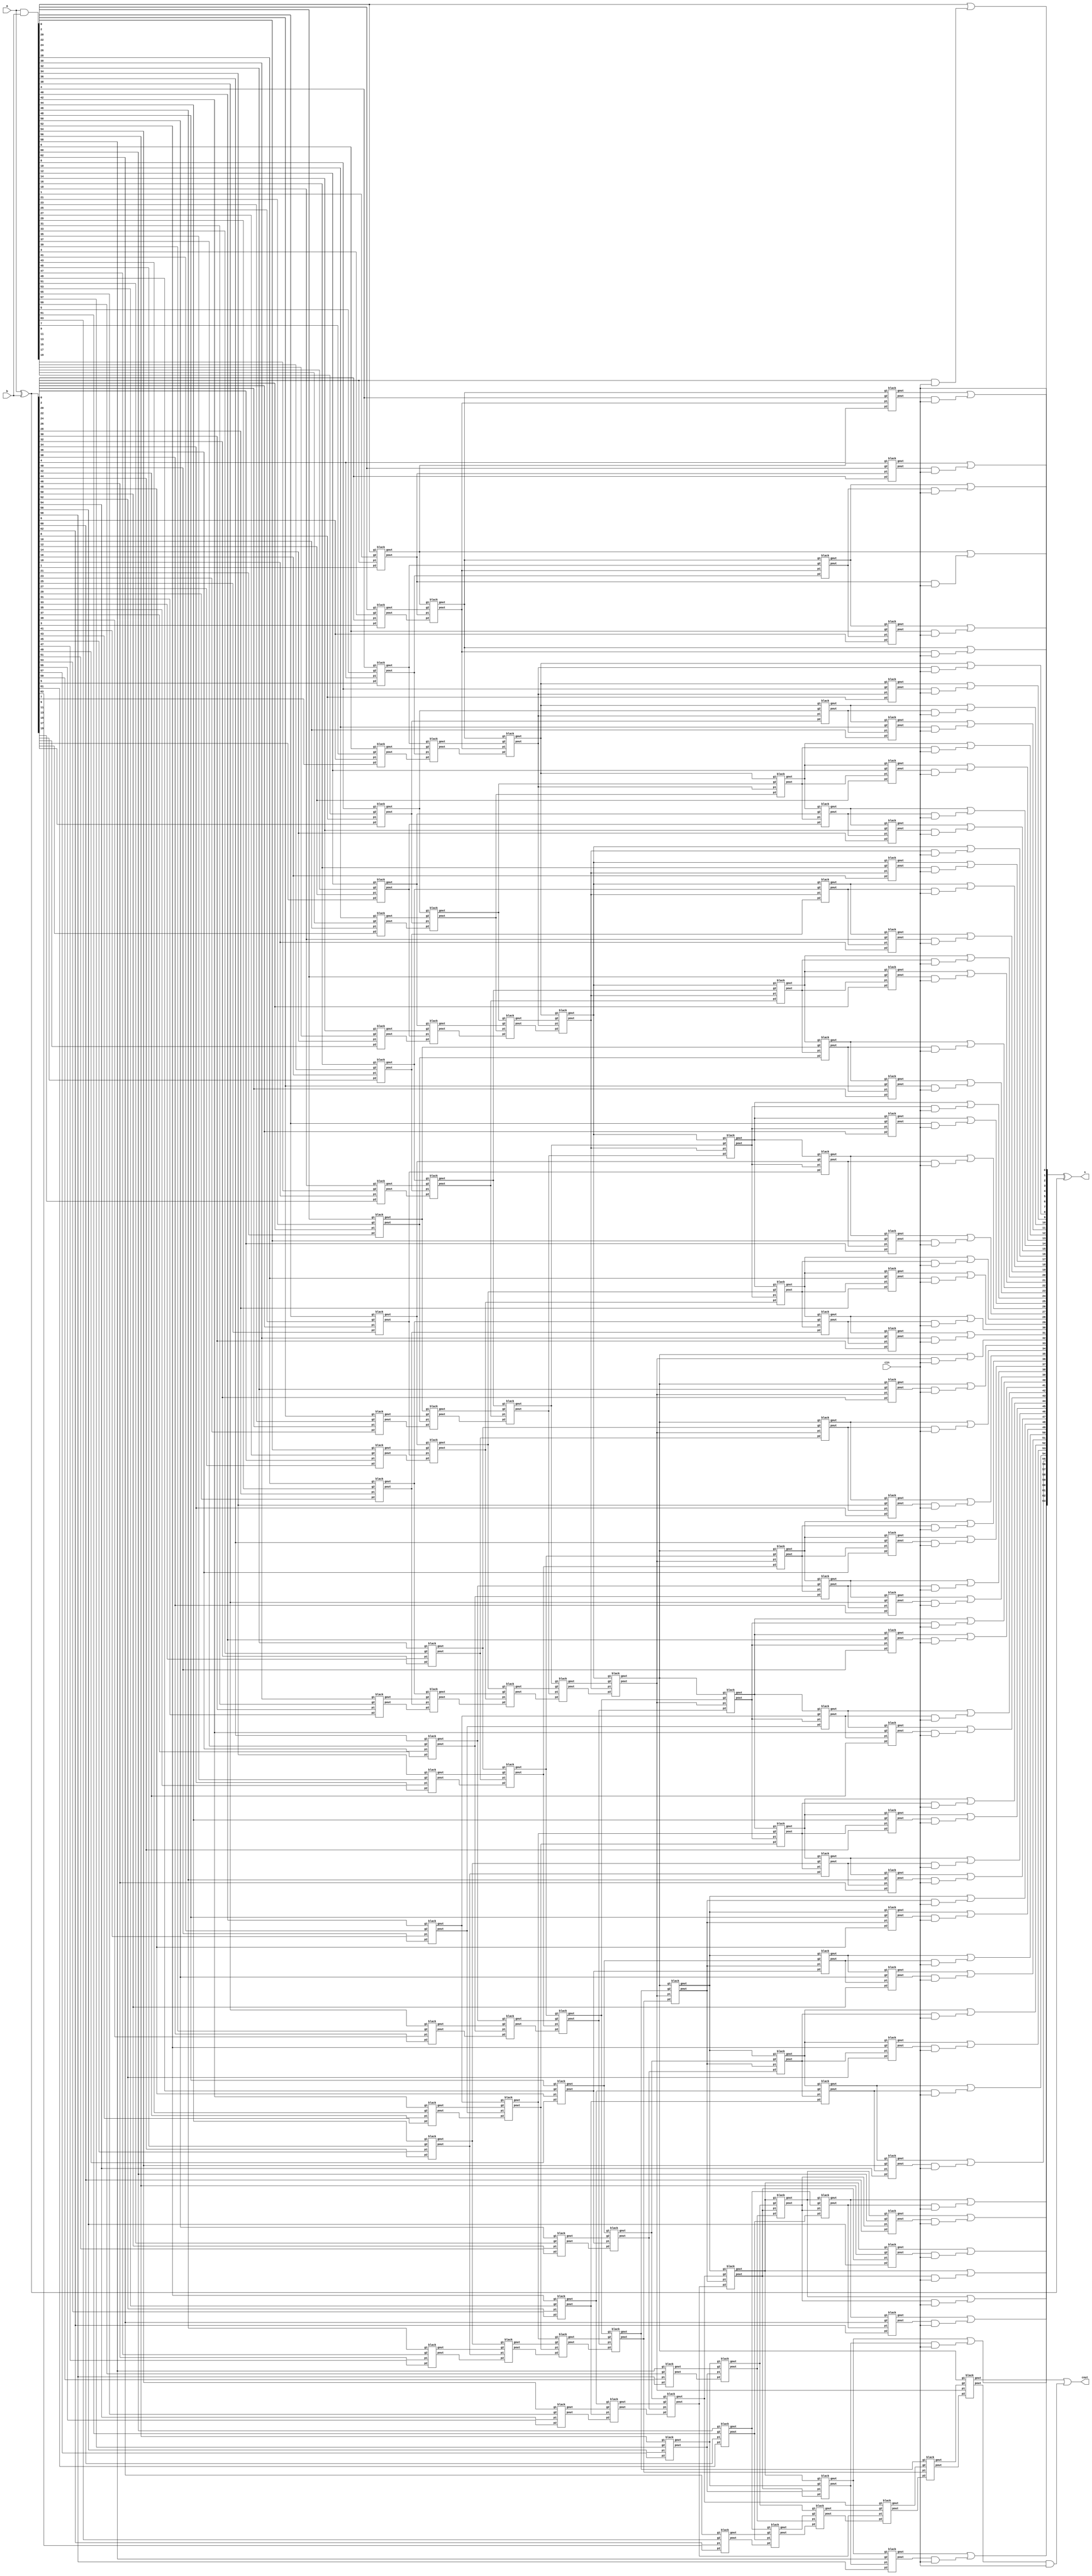
`timescale 1ns / 1ps
//////////////////////////////////////////////////////////////////////////////////
// Company:  NUDT
// 
// Design Name: ParallelPrefixAdder
// Module Name: ParallelPrefixAdder-BKA
// Project Name: BKA
// Target Devices: 
// Tool Versions: 
// Description: 
// 
// Dependencies: 
// 
// Revision:
// Revision 0.01 - File Created
// Additional Comments:
// 
//////////////////////////////////////////////////////////////////////////////////


module BKA (
    input [63:0] a, b,
    input cin,
    output [63:0] s,
    output cout
    );


genvar i;

// T=0
wire [63:0] g, p;
assign g = a & b;
assign p = a ^ b;

// T=1
wire [31:0] g_1, p_1;
generate
    for (i=0; i<32; i=i+1) begin
        black black1(
            .g1(g[i*2]),
            .p1(p[i*2]),
            .g2(g[i*2+1]),
            .p2(p[i*2+1]),
            .gout(g_1[i]),
            .pout(p_1[i])
        );
    end
endgenerate

// T=2
wire [15:0] g_2, p_2;
generate
    for (i=0; i<16; i=i+1) begin
        black black2(
            .g1(g_1[i*2]),
            .p1(p_1[i*2]),
            .g2(g_1[i*2+1]),
            .p2(p_1[i*2+1]),
            .gout(g_2[i]),
            .pout(p_2[i])
        );
    end
endgenerate

// T=3
wire [7:0] g_3, p_3;
generate
    for (i=0; i<8; i=i+1) begin
        black black3(
            .g1(g_2[i*2]),
            .p1(p_2[i*2]),
            .g2(g_2[i*2+1]),
            .p2(p_2[i*2+1]),
            .gout(g_3[i]),
            .pout(p_3[i])
        );
    end
endgenerate

// T=4
wire [3:0] g_4, p_4;
generate
    for (i=0; i<4; i=i+1) begin
        black black4(
            .g1(g_3[i*2]),
            .p1(p_3[i*2]),
            .g2(g_3[i*2+1]),
            .p2(p_3[i*2+1]),
            .gout(g_4[i]),
            .pout(p_4[i])
        );
    end
endgenerate

// T=5
wire [1:0] g_5, p_5;
generate
    for (i=0; i<2; i=i+1) begin
        black black5(
            .g1(g_4[i*2]),
            .p1(p_4[i*2]),
            .g2(g_4[i*2+1]),
            .p2(p_4[i*2+1]),
            .gout(g_5[i]),
            .pout(p_5[i])
        );
    end
endgenerate

// T=6
wire g_6, p_6;
black black6(
    .g1(g_5[0]),
    .p1(p_5[0]),
    .g2(g_5[1]),
    .p2(p_5[1]),
    .gout(g_6),
    .pout(p_6)
);

// T=7
wire g_7, p_7;
black black7(
    .g1(g_5[0]),
    .p1(p_5[0]),
    .g2(g_4[2]),
    .p2(p_4[2]),
    .gout(g_7),
    .pout(p_7)
);

// T=8
wire [2:0] g_8, p_8;
black black8_1(
    .g1(g_4[0]),
    .p1(p_4[0]),
    .g2(g_3[2]),
    .p2(p_3[2]),
    .gout(g_8[0]),
    .pout(p_8[0])
);
black black8_2(
    .g1(g_5[0]),
    .p1(p_5[0]),
    .g2(g_3[4]),
    .p2(p_3[4]),
    .gout(g_8[1]),
    .pout(p_8[1])
);
black black8_3(
    .g1(g_7),
    .p1(p_7),
    .g2(g_3[6]),
    .p2(p_3[6]),
    .gout(g_8[2]),
    .pout(p_8[2])
);

// T=9
wire [6:0] g_9, p_9;
black black9_1(
    .g1(g_3[0]),
    .p1(p_3[0]),
    .g2(g_2[2]),
    .p2(p_2[2]),
    .gout(g_9[0]),
    .pout(p_9[0])
);
black black9_2(
    .g1(g_4[0]),
    .p1(p_4[0]),
    .g2(g_2[4]),
    .p2(p_2[4]),
    .gout(g_9[1]),
    .pout(p_9[1])
);
black black9_3(
    .g1(g_8[0]),
    .p1(p_8[0]),
    .g2(g_2[6]),
    .p2(p_2[6]),
    .gout(g_9[2]),
    .pout(p_9[2])
);
black black9_4(
    .g1(g_5[0]),
    .p1(p_5[0]),
    .g2(g_2[8]),
    .p2(p_2[8]),
    .gout(g_9[3]),
    .pout(p_9[3])
);
black black9_5(
    .g1(g_8[1]),
    .p1(p_8[1]),
    .g2(g_2[10]),
    .p2(p_2[10]),
    .gout(g_9[4]),
    .pout(p_9[4])
);
black black9_6(
    .g1(g_7),
    .p1(p_7),
    .g2(g_2[12]),
    .p2(p_2[12]),
    .gout(g_9[5]),
    .pout(p_9[5])
);
black black9_7(
    .g1(g_8[2]),
    .p1(p_8[2]),
    .g2(g_2[14]),
    .p2(p_2[14]),
    .gout(g_9[6]),
    .pout(p_9[6])
);

// T=10
wire [14:0] g_10, p_10;
black black10_1(
    .g1(g_2[0]),
    .p1(p_2[0]),
    .g2(g_1[2]),
    .p2(p_1[2]),
    .gout(g_10[0]),
    .pout(p_10[0])
);
black black10_2(
    .g1(g_3[0]),
    .p1(p_3[0]),
    .g2(g_1[4]),
    .p2(p_1[4]),
    .gout(g_10[1]),
    .pout(p_10[1])
);
black black10_3(
    .g1(g_9[0]),
    .p1(p_9[0]),
    .g2(g_1[6]),
    .p2(p_1[6]),
    .gout(g_10[2]),
    .pout(p_10[2])
);
black black10_4(
    .g1(g_4[0]),
    .p1(p_4[0]),
    .g2(g_1[8]),
    .p2(p_1[8]),
    .gout(g_10[3]),
    .pout(p_10[3])
);
black black10_5(
    .g1(g_9[1]),
    .p1(p_9[1]),
    .g2(g_1[10]),
    .p2(p_1[10]),
    .gout(g_10[4]),
    .pout(p_10[4])
);
black black10_6(
    .g1(g_8[0]),
    .p1(p_8[0]),
    .g2(g_1[12]),
    .p2(p_1[12]),
    .gout(g_10[5]),
    .pout(p_10[5])
);
black black10_7(
    .g1(g_9[2]),
    .p1(p_9[2]),
    .g2(g_1[14]),
    .p2(p_1[14]),
    .gout(g_10[6]),
    .pout(p_10[6])
);
black black10_8(
    .g1(g_5[0]),
    .p1(p_5[0]),
    .g2(g_1[16]),
    .p2(p_1[16]),
    .gout(g_10[7]),
    .pout(p_10[7])
);
black black10_9(
    .g1(g_9[3]),
    .p1(p_9[3]),
    .g2(g_1[18]),
    .p2(p_1[18]),
    .gout(g_10[8]),
    .pout(p_10[8])
);
black black10_10(
    .g1(g_8[1]),
    .p1(p_8[1]),
    .g2(g_1[20]),
    .p2(p_1[20]),
    .gout(g_10[9]),
    .pout(p_10[9])
);
black black10_11(
    .g1(g_9[4]),
    .p1(p_9[4]),
    .g2(g_1[22]),
    .p2(p_1[22]),
    .gout(g_10[10]),
    .pout(p_10[10])
);
black black10_12(
    .g1(g_7),
    .p1(p_7),
    .g2(g_1[24]),
    .p2(p_1[24]),
    .gout(g_10[11]),
    .pout(p_10[11])
);
black black10_13(
    .g1(g_9[5]),
    .p1(p_9[5]),
    .g2(g_1[26]),
    .p2(p_1[26]),
    .gout(g_10[12]),
    .pout(p_10[12])
);
black black10_14(
    .g1(g_8[2]),
    .p1(p_8[2]),
    .g2(g_1[28]),
    .p2(p_1[28]),
    .gout(g_10[13]),
    .pout(p_10[13])
);
black black10_15(
    .g1(g_9[6]),
    .p1(p_9[6]),
    .g2(g_1[30]),
    .p2(p_1[30]),
    .gout(g_10[14]),
    .pout(p_10[14])
);

// T=11
wire [30:0] g_11, p_11;
black black11_1(
    .g1(g_1[0]),
    .p1(p_1[0]),
    .g2(g[2]),
    .p2(p[2]),
    .gout(g_11[0]),
    .pout(p_11[0])
);
black black11_2(
    .g1(g_2[0]),
    .p1(p_2[0]),
    .g2(g[4]),
    .p2(p[4]),
    .gout(g_11[1]),
    .pout(p_11[1])
);
black black11_3(
    .g1(g_10[0]),
    .p1(p_10[0]),
    .g2(g[6]),
    .p2(p[6]),
    .gout(g_11[2]),
    .pout(p_11[2])
);
black black11_4(
    .g1(g_3[0]),
    .p1(p_3[0]),
    .g2(g[8]),
    .p2(p[8]),
    .gout(g_11[3]),
    .pout(p_11[3])
);
black black11_5(
    .g1(g_10[1]),
    .p1(p_10[1]),
    .g2(g[10]),
    .p2(p[10]),
    .gout(g_11[4]),
    .pout(p_11[4])
);
black black11_6(
    .g1(g_9[0]),
    .p1(p_9[0]),
    .g2(g[12]),
    .p2(p[12]),
    .gout(g_11[5]),
    .pout(p_11[5])
);
black black11_7(
    .g1(g_10[2]),
    .p1(p_10[2]),
    .g2(g[14]),
    .p2(p[14]),
    .gout(g_11[6]),
    .pout(p_11[6])
);
black black11_8(
    .g1(g_4[0]),
    .p1(p_4[0]),
    .g2(g[16]),
    .p2(p[16]),
    .gout(g_11[7]),
    .pout(p_11[7])
);
black black11_9(
    .g1(g_10[3]),
    .p1(p_10[3]),
    .g2(g[18]),
    .p2(p[18]),
    .gout(g_11[8]),
    .pout(p_11[8])
);
black black11_10(
    .g1(g_9[1]),
    .p1(p_9[1]),
    .g2(g[20]),
    .p2(p[20]),
    .gout(g_11[9]),
    .pout(p_11[9])
);
black black11_11(
    .g1(g_10[4]),
    .p1(p_10[4]),
    .g2(g[22]),
    .p2(p[22]),
    .gout(g_11[10]),
    .pout(p_11[10])
);
black black11_12(
    .g1(g_8[0]),
    .p1(p_8[0]),
    .g2(g[24]),
    .p2(p[24]),
    .gout(g_11[11]),
    .pout(p_11[11])
);
black black11_13(
    .g1(g_10[5]),
    .p1(p_10[5]),
    .g2(g[26]),
    .p2(p[26]),
    .gout(g_11[12]),
    .pout(p_11[12])
);
black black11_14(
    .g1(g_9[2]),
    .p1(p_9[2]),
    .g2(g[28]),
    .p2(p[28]),
    .gout(g_11[13]),
    .pout(p_11[13])
);
black black11_15(
    .g1(g_10[6]),
    .p1(p_10[6]),
    .g2(g[30]),
    .p2(p[30]),
    .gout(g_11[14]),
    .pout(p_11[14])
);
black black11_16(
    .g1(g_5[0]),
    .p1(p_5[0]),
    .g2(g[32]),
    .p2(p[32]),
    .gout(g_11[15]),
    .pout(p_11[15])
);
black black11_17(
    .g1(g_10[7]),
    .p1(p_10[7]),
    .g2(g[34]),
    .p2(p[34]),
    .gout(g_11[16]),
    .pout(p_11[16])
);
black black11_18(
    .g1(g_9[3]),
    .p1(p_9[3]),
    .g2(g[36]),
    .p2(p[36]),
    .gout(g_11[17]),
    .pout(p_11[17])
);
black black11_19(
    .g1(g_10[8]),
    .p1(p_10[8]),
    .g2(g[38]),
    .p2(p[38]),
    .gout(g_11[18]),
    .pout(p_11[18])
);
black black11_20(
    .g1(g_8[1]),
    .p1(p_8[1]),
    .g2(g[40]),
    .p2(p[40]),
    .gout(g_11[19]),
    .pout(p_11[19])
);
black black11_21(
    .g1(g_10[9]),
    .p1(p_10[9]),
    .g2(g[42]),
    .p2(p[42]),
    .gout(g_11[20]),
    .pout(p_11[20])
);
black black11_22(
    .g1(g_9[4]),
    .p1(p_9[4]),
    .g2(g[44]),
    .p2(p[44]),
    .gout(g_11[21]),
    .pout(p_11[21])
);
black black11_23(
    .g1(g_10[10]),
    .p1(p_10[10]),
    .g2(g[46]),
    .p2(p[46]),
    .gout(g_11[22]),
    .pout(p_11[22])
);
black black11_24(
    .g1(g_7),
    .p1(p_7),
    .g2(g[48]),
    .p2(p[48]),
    .gout(g_11[23]),
    .pout(p_11[23])
);
black black11_25(
    .g1(g_10[11]),
    .p1(p_10[11]),
    .g2(g[50]),
    .p2(p[50]),
    .gout(g_11[24]),
    .pout(p_11[24])
);
black black11_26(
    .g1(g_9[5]),
    .p1(p_9[5]),
    .g2(g[52]),
    .p2(p[52]),
    .gout(g_11[25]),
    .pout(p_11[25])
);
black black11_27(
    .g1(g_10[12]),
    .p1(p_10[12]),
    .g2(g[54]),
    .p2(p[54]),
    .gout(g_11[26]),
    .pout(p_11[26])
);
black black11_28(
    .g1(g_8[2]),
    .p1(p_8[2]),
    .g2(g[56]),
    .p2(p[56]),
    .gout(g_11[27]),
    .pout(p_11[27])
);
black black11_29(
    .g1(g_10[13]),
    .p1(p_10[13]),
    .g2(g[58]),
    .p2(p[58]),
    .gout(g_11[28]),
    .pout(p_11[28])
);
black black11_30(
    .g1(g_9[6]),
    .p1(p_9[6]),
    .g2(g[60]),
    .p2(p[60]),
    .gout(g_11[29]),
    .pout(p_11[29])
);
black black11_31(
    .g1(g_10[14]),
    .p1(p_10[14]),
    .g2(g[62]),
    .p2(p[62]),
    .gout(g_11[30]),
    .pout(p_11[30])
);

// P, G
wire [63:0] P, G;
generate
    for (i=0; i<31; i=i+1) begin
        assign G[2*i+2] = g_11[i];
        assign P[2*i+2] = p_11[i];
    end
    for (i=0; i<15; i=i+1) begin
        assign G[4*i+5] = g_10[i];
        assign P[4*i+5] = p_10[i];
    end
    for (i=0; i<7; i=i+1) begin
        assign G[8*i+11] = g_9[i];
        assign P[8*i+11] = p_9[i];
    end
    for (i=0; i<3; i=i+1) begin
        assign G[16*i+23] = g_8[i];
        assign P[16*i+23] = p_8[i];
    end
    for (i=0; i<1; i=i+1) begin
        assign G[32*i+47] = g_7;
        assign P[32*i+47] = p_7;
    end
endgenerate
assign G[0] = g[0];
assign P[0] = p[0];
assign G[1] = g_1[0];
assign P[1] = p_1[0];
assign G[3] = g_2[0];
assign P[3] = p_2[0];
assign G[7] = g_3[0];
assign P[7] = p_3[0];
assign G[15] = g_4[0];
assign P[15] = p_4[0];
assign G[31] = g_5[0];
assign P[31] = p_5[0];
assign G[63] = g_6;
assign P[63] = p_6;

// C, s
wire [64:0] C;
generate
    assign C[0] = cin;
    for (i=0; i<64; i=i+1) begin
        assign C[i+1] = G[i] | P[i]&C[0];
    end
endgenerate
assign cout = C[64];

assign s = C[63:0] ^ p;


endmodule



// ! g1g2g~
module black (input g1, p1, g2, p2, output gout, pout);
    assign gout = g2 | p2 & g1;
    assign pout = p2 & p1;
endmodule